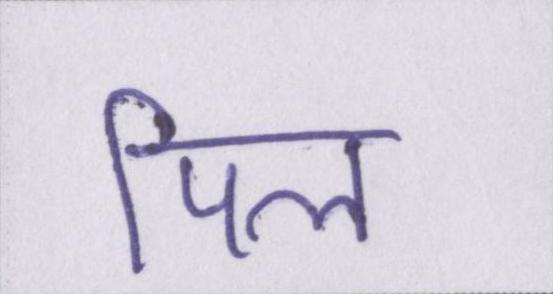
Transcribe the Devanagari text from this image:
पिल